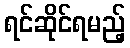
ရင်ဆိုင်ရမည့်